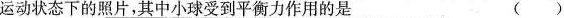
运动状态下的照片，其中小球受到平衡力作用的是 ( )